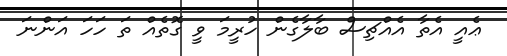
ޢެއީ އެތާ އެއްޗިސް ބާލާގެން ހުރީމަ ވީ ގޮތެއް ތަ ހަހަ އަންނަ